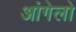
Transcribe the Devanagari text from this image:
आंगेलो